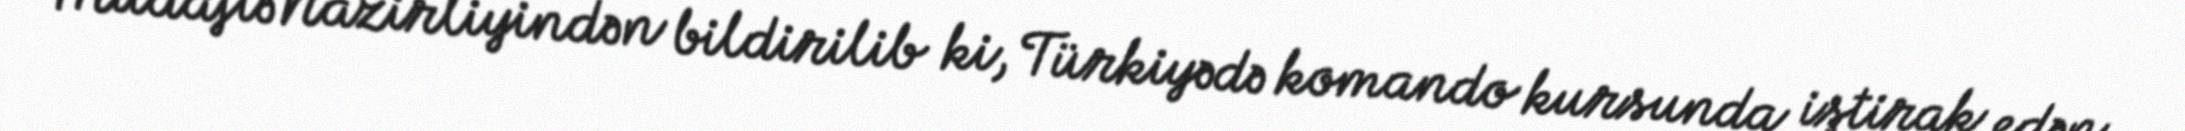
Müdafiə Nazirliyindən bildirilib ki, Türkiyədə komando kursunda iştirak edən